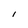
Character: i